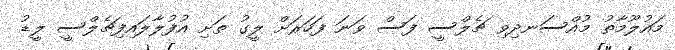
މައުލޫމާތު މުއްސަނދިވި ޗެލްސީ ފަސް ވަނަ ފަހަރަށް ލީގު ތަށި އުފުލާލައިފިޗެލްސީ ލީޑު